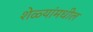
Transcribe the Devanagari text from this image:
शेळ्यांमधील